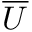
\overline { U }